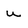
Character: u